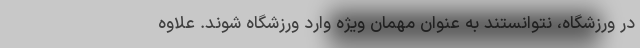
در ورزشگاه، نتوانستند به عنوان مهمان ویژه وارد ورزشگاه شوند. علاوه